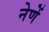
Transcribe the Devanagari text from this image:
नेणें